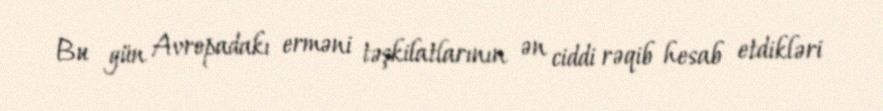
Bu gün Avropadakı erməni təşkilatlarının ən ciddi rəqib hesab etdikləri